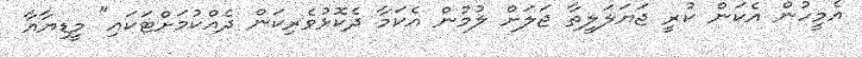
އެމީހުން އެކަން ކުރީ ޖަޔަލަލީތާ ޖަލަށް ލުމުން އެކަމާ ދެކޮޅުވެރިކަން ދެއްކުމަށްޓަކައި" މީޑިޔާއާ